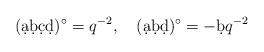
LaTeX: \begin{align*}(\d a\d b\d c\d d)^\circ=q^{-2},\quad (\d a \d b\d d)^\circ=- \d b q^{-2}\end{align*}